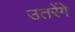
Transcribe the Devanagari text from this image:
उतरेंगे